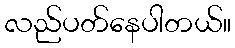
လည်ပတ်နေပါတယ်။